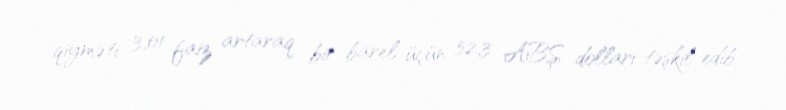
qiyməti 3,01 faiz artaraq bir barel üçün 52,3 ABŞ dolları təşkil edib.